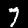
Label: 7